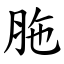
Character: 胣